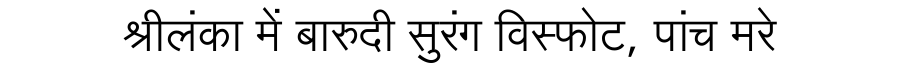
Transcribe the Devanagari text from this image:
श्रीलंका में बारुदी सुरंग विस्फोट, पांच मरे